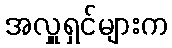
အလှူရှင်များက